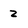
Character: z